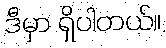
ဒီမှာ ရှိပါတယ်။